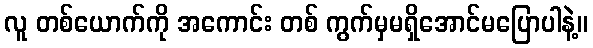
လူ တစ်ယောက်ကို အကောင်း တစ် ကွက်မှမရှိအောင်မပြောပါနဲ့။